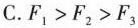
C.$$F_{1}>F_{2}>F_{3}$$